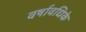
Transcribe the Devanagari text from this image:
वर्षावधिके